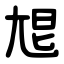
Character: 㞁